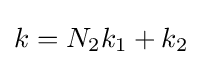
k=N_{2}k_{1}+k_{2}